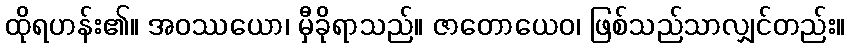
ထိုရဟန်း၏။ အဝဿယော၊ မှီခိုရာသည်။ ဇာတောယေဝ၊ ဖြစ်သည်သာလျှင်တည်း။